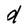
Character: d